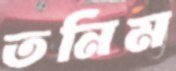
তনিম